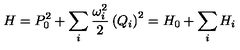
H = P _ { 0 } ^ { 2 } + \sum _ { i } \frac { \omega _ { i } ^ { 2 } } { 2 } \left( Q _ { i } \right) ^ { 2 } = H _ { 0 } + \sum _ { i } H _ { i }